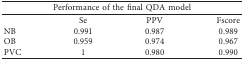
<table><thead><tr><td colspan="4"><b>Performance of the final QDA model</b></td></tr></thead><tbody><tr><td> </td><td>Se</td><td>PPV</td><td>Fscore</td></tr><tr><td>NB</td><td>0.991</td><td>0.987</td><td>0.989</td></tr><tr><td>OB</td><td>0.959</td><td>0.974</td><td>0.967</td></tr><tr><td>PVC</td><td>1</td><td>0.980</td><td>0.990</td></tr></tbody></table>